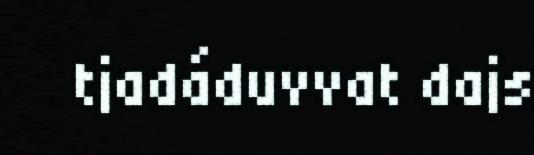
tjadáduvvat dajs